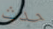
حدث